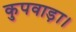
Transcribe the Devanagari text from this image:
कुपवाड़ा।